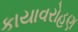
કાયાવરોહણ